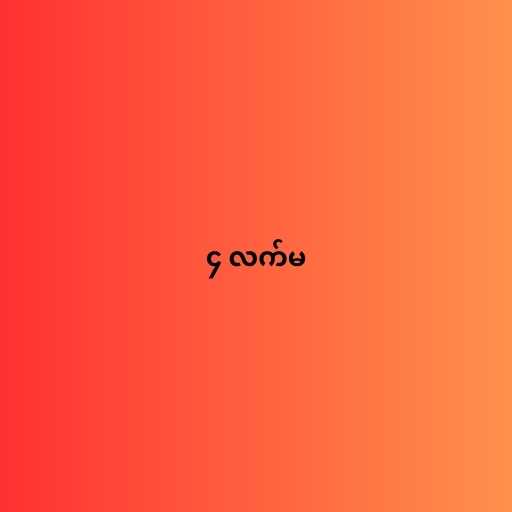
၄ လက်မ